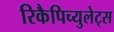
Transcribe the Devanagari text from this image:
रिकैपिच्युलेट्स